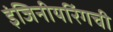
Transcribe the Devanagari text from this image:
इंजिनीयरिंगची